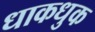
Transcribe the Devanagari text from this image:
धाकधुक